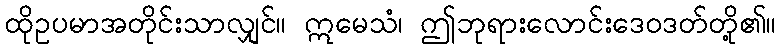
ထိုဥပမာအတိုင်းသာလျှင်။ ဣမေသံ၊ ဤဘုရားလောင်းဒေဝဒတ်တို့၏။